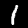
Label: 1